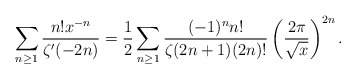
\begin{align*}\sum_{n\ge1}\frac{n!x^{-n}}{\zeta'(-2n)}=\frac{1}{2}\sum_{n\ge1}\frac{(-1)^nn!}{\zeta(2n+1)(2n)!}\left(\frac{2\pi}{\sqrt{x}}\right)^{2n}.\end{align*}